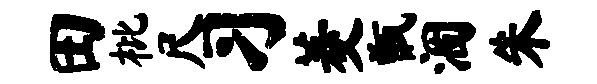
田枇尺习菱甑涸朱